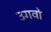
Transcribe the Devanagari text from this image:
उगवो